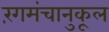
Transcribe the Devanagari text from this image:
रंगमंचानुकूल